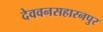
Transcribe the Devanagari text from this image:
देववनसहारनपुर